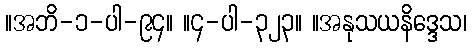
။အဘိ-၁-ပါ-၉၄။ ။၄-ပါ-၃၂၃။ ။အနုသယနိဒ္ဒေသ၊